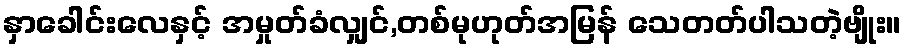
နှာခေါင်းလေနှင့် အမှုတ်ခံလျှင်,တစ်မုဟုတ်အမြန် သေတတ်ပါသတဲ့ဗျိုး။